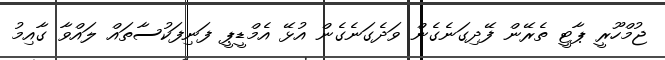
ޖުމްހޫރީ ޕާޓީ ތެރޭން ފޭދިގަނެގެން ވަދެގަނެގެން އުޅޭ އެމްޑީޕީ ފަނިފަކުސާތައް ލައްވާ ގާއިމު